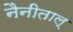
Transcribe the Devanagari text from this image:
नैनीताल्